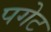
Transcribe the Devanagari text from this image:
पगेट